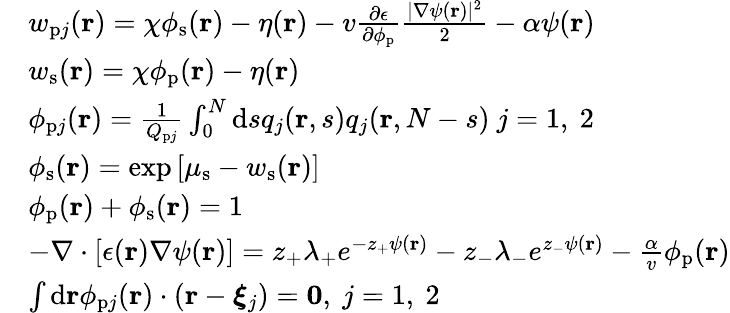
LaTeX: \begin{array}{rl}&{w_{\mathrm{p}j}(\mathbf{r})=\chi\phi_{\mathrm{s}}(\mathbf{r})-\eta(\mathbf{r})-v\frac{\partial\epsilon}{\partial\phi_{\mathrm{p}}}\frac{|\nabla\psi(\mathbf{r})|^{2}}{2}-\alpha\psi(\mathbf{r})}\\ &{w_{\mathrm{s}}(\mathbf{r})=\chi\phi_{\mathrm{p}}(\mathbf{r})-\eta(\mathbf{r})}\\ &{\phi_{\mathrm{p}j}(\mathbf{r})=\frac{1}{Q_{\mathrm{p}j}}\int_{0}^{N}\mathrm{d}sq_{j}(\mathbf{r},s)q_{j}(\mathbf{r},N-s)\ j=1,\ 2}\\ &{\phi_{\mathrm{s}}(\mathbf{r})=\exp\left[\mu_{\mathrm{s}}-w_{\mathrm{s}}(\mathbf{r})\right]}\\ &{\phi_{\mathrm{p}}(\mathbf{r})+\phi_{\mathrm{s}}(\mathbf{r})=1}\\ &{-\nabla\cdot[\epsilon(\mathbf{r})\nabla\psi(\mathbf{r})]=z_{+}\lambda_{+}e^{-z_{+}\psi(\mathbf{r})}-z_{-}\lambda_{-}e^{z_{-}\psi(\mathbf{r})}-\frac{\alpha}{v}\phi_{\mathrm{p}}(\mathbf{r})}\\ &{{\int\mathrm{d}\mathbf{r}\phi_{\mathrm{p}j}(\mathbf{r})\cdot(\mathbf{r}-\boldsymbol{\xi}_{j})}=\mathbf{0},\ j=1,\ 2}\end{array}